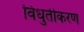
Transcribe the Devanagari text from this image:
विधुतीकरण